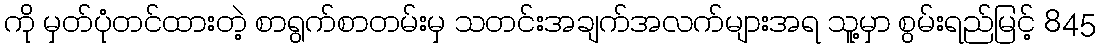
ကို မှတ်ပုံတင်ထားတဲ့ စာရွက်စာတမ်းမှ သတင်းအချက်အလက်များအရ သူ့မှာ စွမ်းရည်မြင့် 845